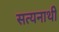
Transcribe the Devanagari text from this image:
सत्यनाथी